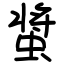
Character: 螀